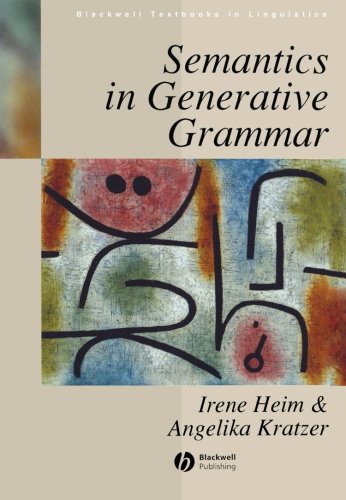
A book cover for Semantics in Generative Grammar (Blackwell Textbooks in Linguistics); Irene Heim; Reference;